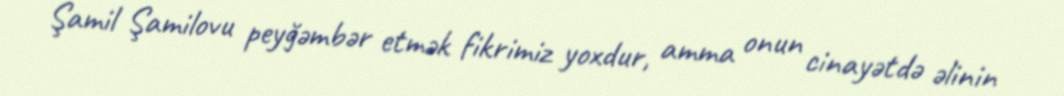
Şamil Şamilovu peyğəmbər etmək fikrimiz yoxdur, amma onun cinayətdə əlinin